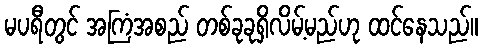
မပရီတွင် အကြံအစည် တစ်ခုခုရှိလိမ့်မည်ဟု ထင်နေသည်။